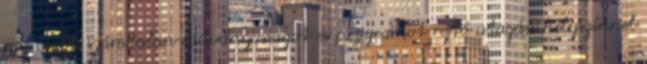
egy újabb számtalan látványosságot és programot rejtő utazási helyszínnel